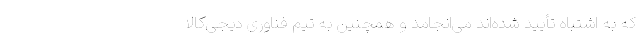
که به اشتباه تأیید شده‌اند می‌‌انجامد و همچنین به تیم فناوری دیجی‌کالا